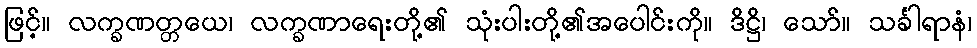
ဖြင့်။ လက္ခဏတ္တယေ၊ လက္ခဏာရေးတို့၏ သုံးပါးတို့၏အပေါင်းကို။ ဒိဋ္ဌိ၊ သော်။ သင်္ခါရာနံ၊